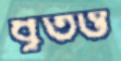
ধূর্তও